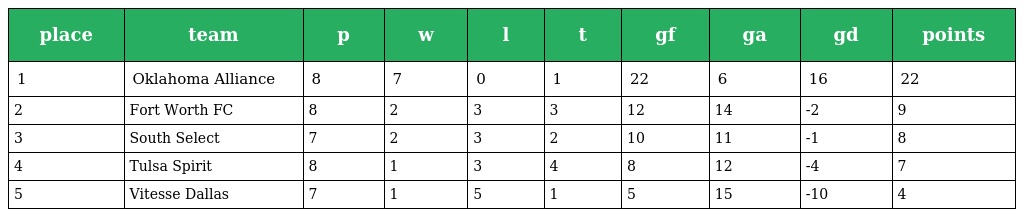
| place | team | p | w | l | t | gf | ga | gd | points |
 | --- | --- | --- | --- | --- | --- | --- | --- | --- | --- |
 | 1 | Oklahoma Alliance | 8 | 7 | 0 | 1 | 22 | 6 | 16 | 22 |
 | 2 | Fort Worth FC | 8 | 2 | 3 | 3 | 12 | 14 | -2 | 9 |
 | 3 | South Select | 7 | 2 | 3 | 2 | 10 | 11 | -1 | 8 |
 | 4 | Tulsa Spirit | 8 | 1 | 3 | 4 | 8 | 12 | -4 | 7 |
 | 5 | Vitesse Dallas | 7 | 1 | 5 | 1 | 5 | 15 | -10 | 4 |